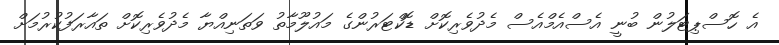
އެ ހޮސްޕިޓަލުން ބުނީ އެސްއެމްއެސް މެދުވެރިކޮށް ޑޮކްޓަރުންގެ މައުލޫމާތު ވަތަނިއްޔާ މެދުވެރިކޮށް ތައާރަފުކުރުމަށް